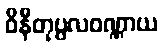
ဝိနီတုပ္ပလဝဏ္ဏာယ